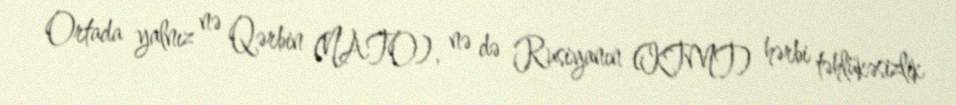
Ortada yalnız nə Qərbin (NATO), nə də Rusiyanın (KTMT) hərbi təhlükəsizlik